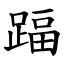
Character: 踾